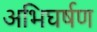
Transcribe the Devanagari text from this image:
अभिघर्षण